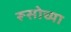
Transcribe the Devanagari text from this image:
रूसोच्या